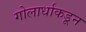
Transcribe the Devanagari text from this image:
गोलार्धाकडून